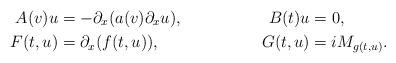
LaTeX: \begin{align*}A(v) u&=- \partial_x (a(v)\partial_x u), & B(t)u &=0,\\ F(t,u)&=\partial_x (f(t,u)), & G(t,u)&=i M_{g(t,u)}.\end{align*}